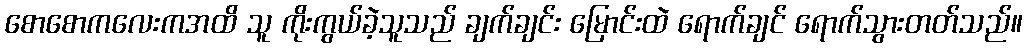
စောစောကလေးကအထိ သူ ကိုးကွယ်ခဲ့သူသည် ချက်ချင်း မြောင်းထဲ ရောက်ချင် ရောက်သွားတတ်သည်။